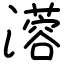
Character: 𤁇